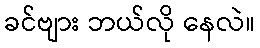
ခင်ဗျား ဘယ်လို နေလဲ။